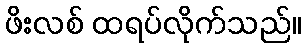
ဖိးလစ် ထရပ်လိုက်သည်။